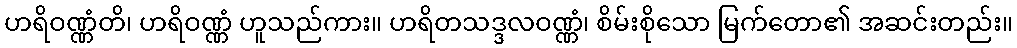
ဟရိဝဏ္ဏံတိ၊ ဟရိဝဏ္ဏံ ဟူသည်ကား။ ဟရိတသဒ္ဒလဝဏ္ဏံ၊ စိမ်းစိုသော မြက်တော၏ အဆင်းတည်း။